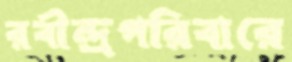
রবীন্দ্রপরিবারে